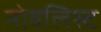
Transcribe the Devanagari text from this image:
नोवलिस्ट